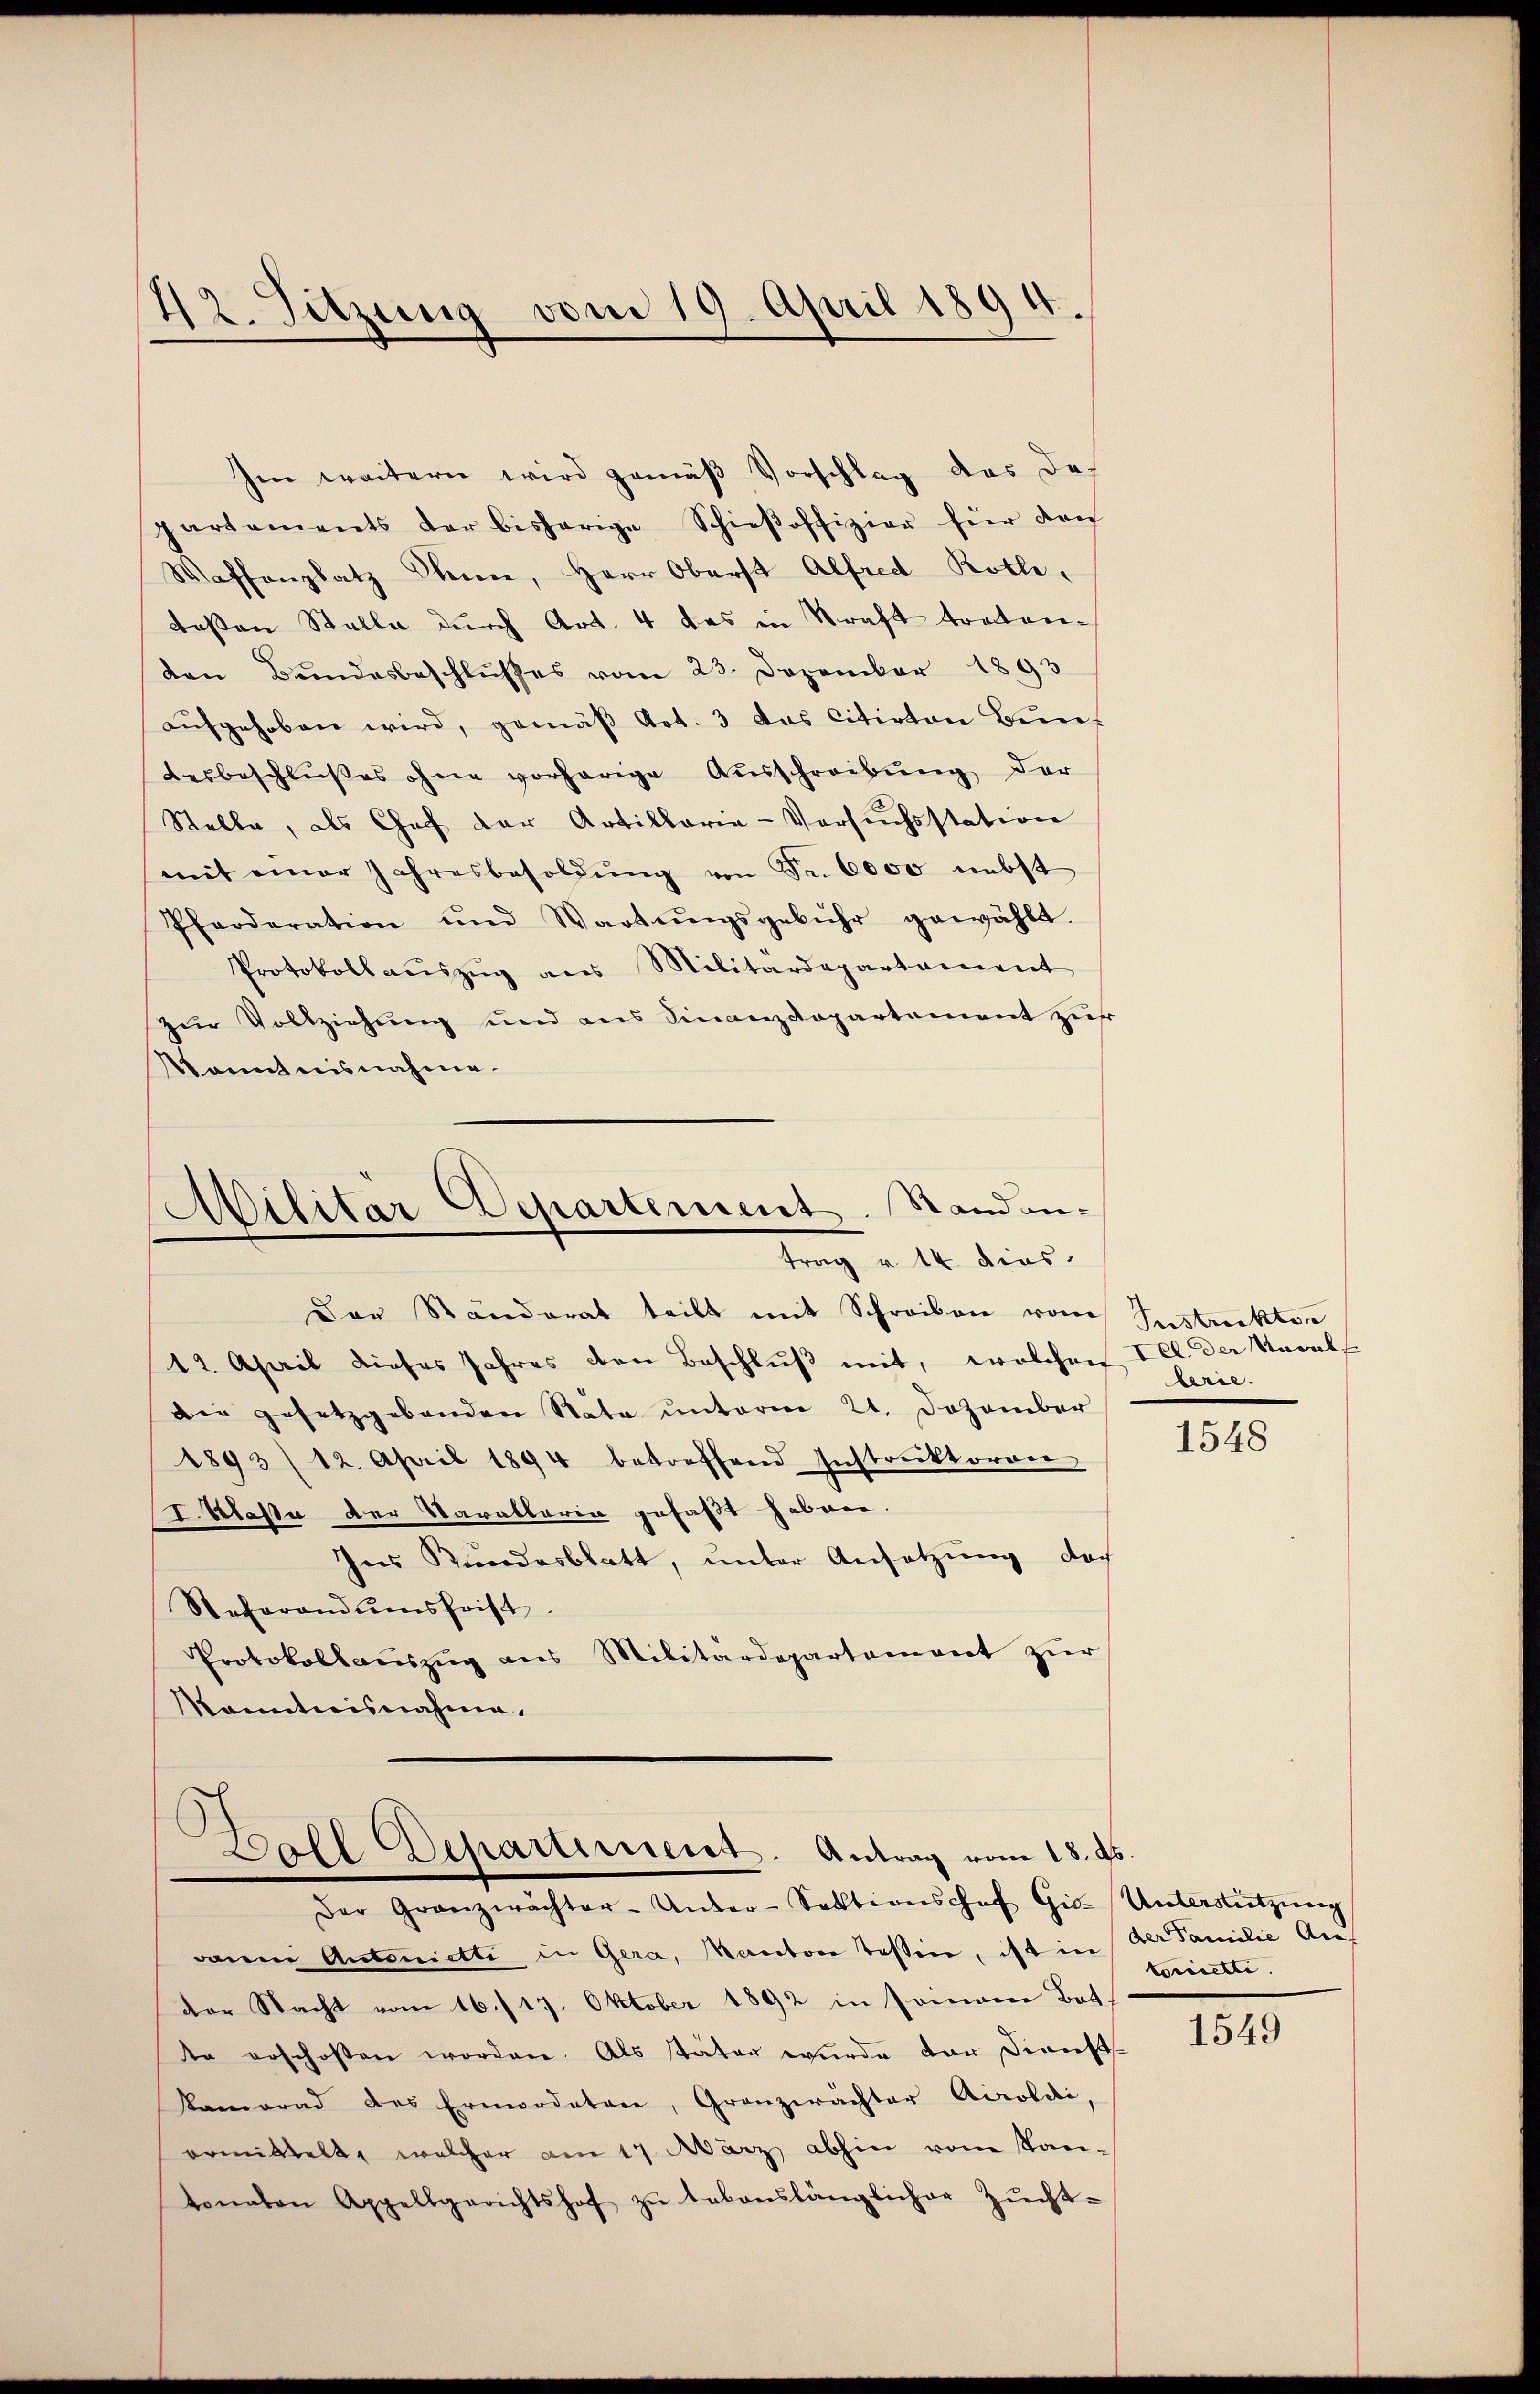
Im weitern wird gemäß Vorschlag das des
partements der bisherige Schieβoffizier für den
Waffenplatz Thiene, Herr Oberst Alfred Rothe
deßen Stelle durch Art. 4 das in Kraft tratonden Bundesbeschlusses vom 23. Dezember 1893
aufgehoben wird, gemäß Art. 3 das citirten Bundesbeschlußes ohne vorherige Aŭsschreibŭng der
Stelle, als Chef der Artillaria-Versuchsstation
mit einer Jahresbesoldŭng von Fr. 6000 nebst
Pferderation und Wartŭngsgebühr gewählt.
Protokoll aŭszŭg ans Militärdepartament
zur Vollziehung und aus Finanzdepartement zur
Kenntnisnahme.

42. Sitzung vom 19. April 1894.

Militar Departement. Standantrag v. 14. dies

Der Ständerat teilt mit Schreiben von Instreckten
12. April dieses Jahres den Beschlŭβ mit, welchen Ill. der Navall
die gesetzgebenden Räte ŭnterm 21. Dezember
1893/ 12. April 1894 betreffend Instruktoren
I. Klasse der Varallaria gefaßt haben.
Ins Kundesblatt, unter Ansetzung doch
Recharandumsfrist.
Protokollauszug aus Militärdepartament zŭr
Kanntnisnahme.

Zoll Departement. Antrag vom 13. ds.
Der Granzwächter-Unter-Sektionshof Gis-Unterstützŭng

lerie.

dann Antonietti in Gera, Kanton Tessin, ist in
der Nacht vom 16./17. Oktober 1892 in seinen Bat
de erschoßen worden. Als später wurde dar Dienst
Kamerad des Ermordeten, Granzwächter Airoldi,
ormittelt, welcher am 17. März abhin vom Kan-
tonalen Appellgerichtshof zŭ lebenslänglicher Zŭcht-

1548

der Familie Auf
torisette.

181